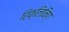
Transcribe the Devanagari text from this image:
रिक्लिनिग्